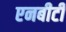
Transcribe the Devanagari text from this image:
एनबीटी